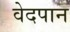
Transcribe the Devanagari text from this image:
वेदपान